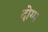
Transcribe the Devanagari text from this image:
दोग्म